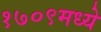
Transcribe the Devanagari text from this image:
१७०९मध्ये